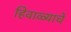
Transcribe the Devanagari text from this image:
हिवाळ्याचे